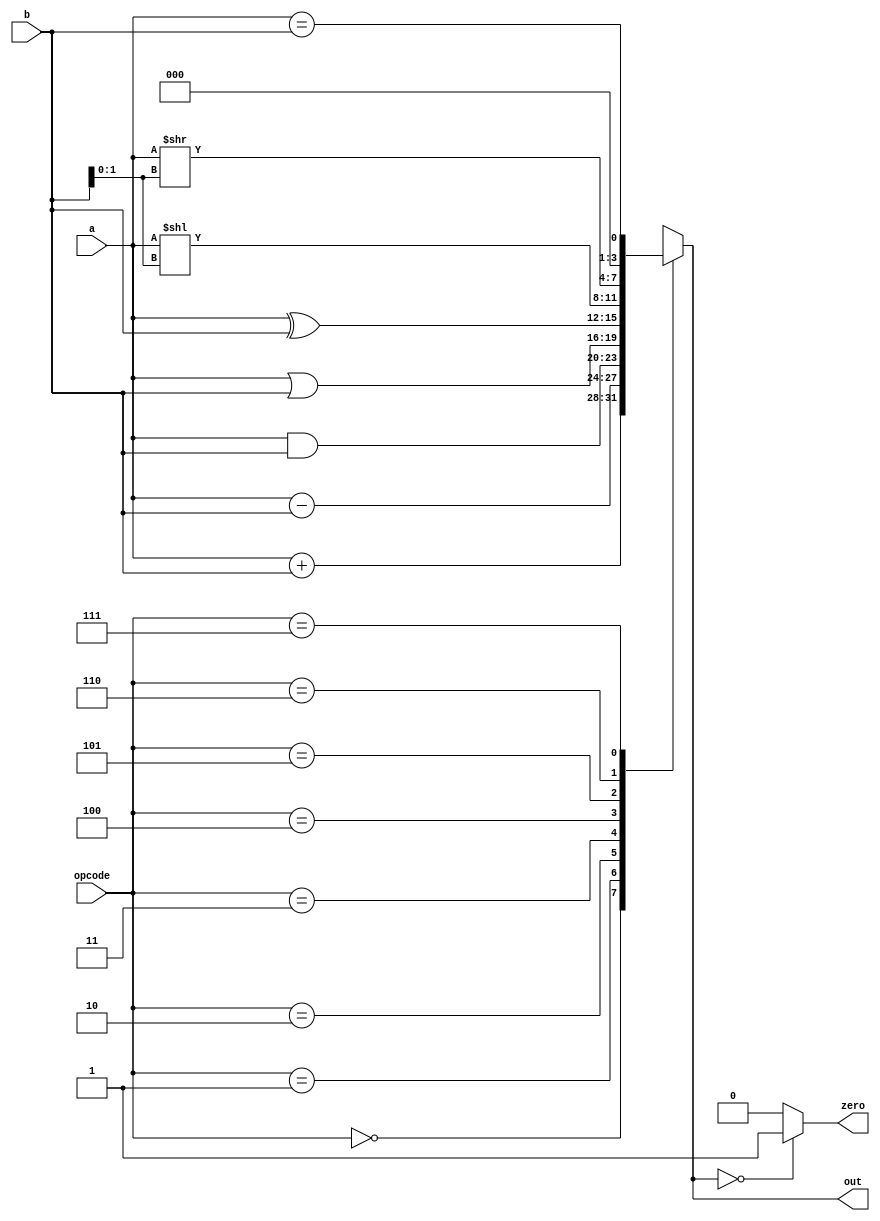
module day9 #(
  parameter width = 4
)(
  input [width-1:0] a, b,
  input [2:0] opcode,
  output reg [width-1:0] out,
  output reg zero
);

  localparam ADD = 3'b000, SUB = 3'b001, AND = 3'b010, OR = 3'b011, XOR = 3'b100, SL = 3'b101, SR = 3'b110, LEQ = 3'b111;  
  
  always @*
    begin
      case(opcode)
        3'b000: {cout, out} = {1'b0, a} + {1'b0, b}; //addition
        3'b001: out = a - b; //subtraction
        3'b010: out = a&b; //AND
        3'b011: out = a|b; //OR
        3'b100: out = a^b; //XOR a << b; 
        3'b101: out = a[width-1:0] << b[1:0]; //shift left
        3'b110: out = a[width-1:0] >> b[1:0]; //shift right
        3'b111: out = a==b; //logical equality
      endcase
      
      if(!out) begin
        zero = 1;
      end else begin
        zero = 0;
      end
      
    end
endmodule